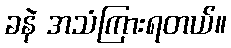
ခနဲ အသံကြားရတယ်။